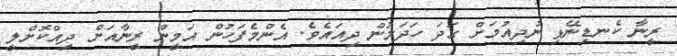
ރީނާ ކެނޑިނޭޅި ނުދިއުމަށް ގަދަ ހަދަމުން ދިއައެވެ. އެންމެފަހުން އަމީން ރީނާއަށް ދިއްކޮށްލީ